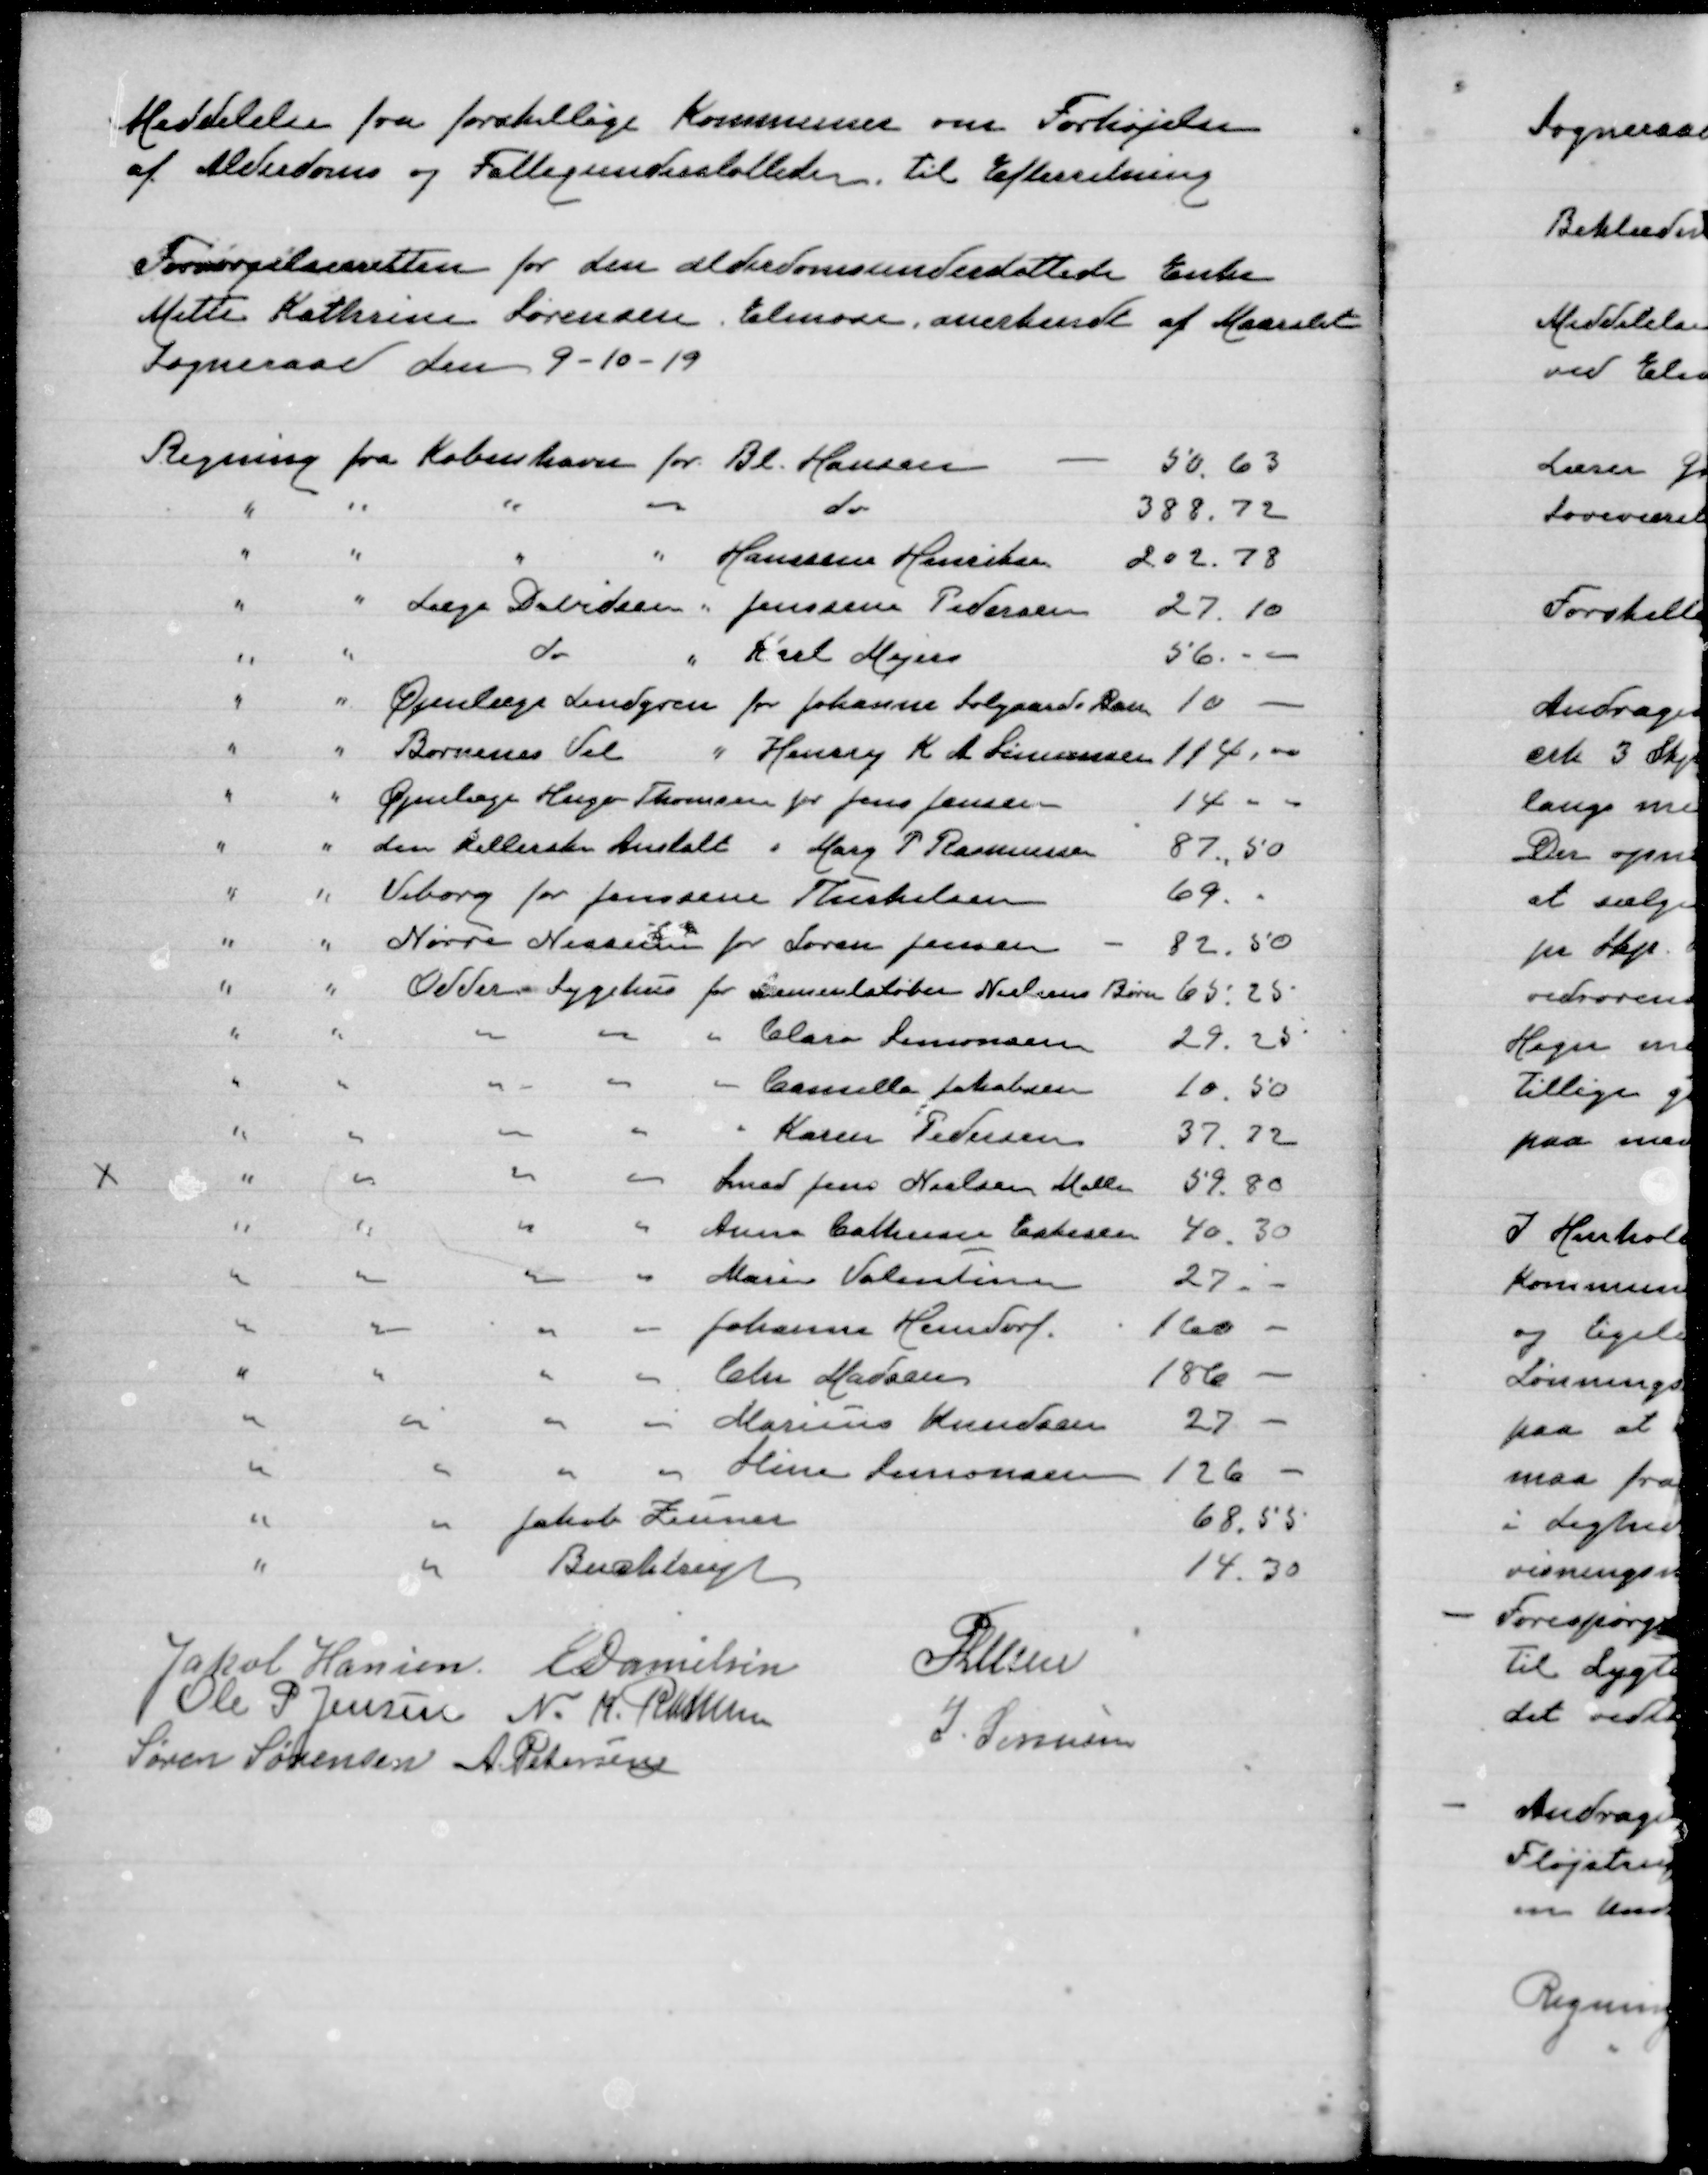
Transskription:
Meddelelse fra forskellige Kommuner om Forhøjelse
af Alderdoms og Fattigunderstøttelse. til efterretning

Forsørgelsesretten for den alderdomsunderstøttede enke
Mette Kathrine Sørensen, Elmose, anerkendt af Maarslet
Sogneraad den 9-10-19

Jakob Hansen
E Danielsen
P Lunn
Ole P Jensen
N. K. Rasmussen
J Sørensen
Søren Sørensen
A. Petersen